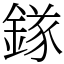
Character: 𨪂